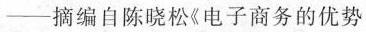
─摘编自陈晓松《电子商务的优势